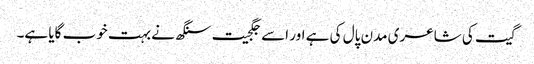
گیت کی شاعری مدن پال کی ہے اور اسے جگجیت سنگھ نے بہت خوب گایا ہے۔